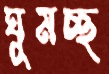
ঘুমচ্ছ